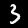
Label: 3